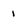
Character: 1